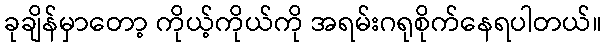
ခုချိန်မှာတော့ ကိုယ့်ကိုယ်ကို အရမ်းဂရုစိုက်နေရပါတယ်။